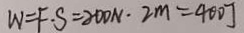
W = F \cdot S = 2 0 0 N \cdot 2 m = 4 0 0 J